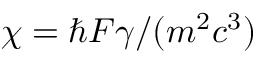
\chi = \hbar F \gamma / ( m ^ { 2 } c ^ { 3 } )